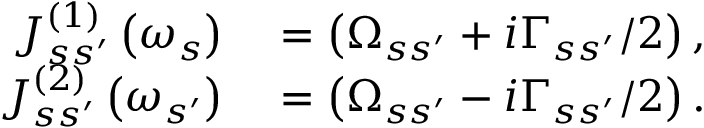
\begin{array} { r l } { J _ { s s ^ { \prime } } ^ { \left( 1 \right) } \left( \omega _ { s } \right) } & { { } = \left( \Omega _ { s s ^ { \prime } } + i \Gamma _ { s s ^ { \prime } } / 2 \right) , } \\ { J _ { s s ^ { \prime } } ^ { \left( 2 \right) } \left( \omega _ { s ^ { \prime } } \right) } & { { } = \left( \Omega _ { s s ^ { \prime } } - i \Gamma _ { s s ^ { \prime } } / 2 \right) . } \end{array}